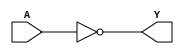
/*
 *  yosys -- Yosys Open SYnthesis Suite
 *
 *  Copyright (C) 2012  Claire Xenia Wolf <claire@yosyshq.com>
 *
 *  Permission to use, copy, modify, and/or distribute this software for any
 *  purpose with or without fee is hereby granted, provided that the above
 *  copyright notice and this permission notice appear in all copies.
 *
 *  THE SOFTWARE IS PROVIDED "AS IS" AND THE AUTHOR DISCLAIMS ALL WARRANTIES
 *  WITH REGARD TO THIS SOFTWARE INCLUDING ALL IMPLIED WARRANTIES OF
 *  MERCHANTABILITY AND FITNESS. IN NO EVENT SHALL THE AUTHOR BE LIABLE FOR
 *  ANY SPECIAL, DIRECT, INDIRECT, OR CONSEQUENTIAL DAMAGES OR ANY DAMAGES
 *  WHATSOEVER RESULTING FROM LOSS OF USE, DATA OR PROFITS, WHETHER IN AN
 *  ACTION OF CONTRACT, NEGLIGENCE OR OTHER TORTIOUS ACTION, ARISING OUT OF
 *  OR IN CONNECTION WITH THE USE OR PERFORMANCE OF THIS SOFTWARE.
 *
 *  ---
 *
 *  The internal logic cell simulation library.
 *
 *  This Verilog library contains simple simulation models for the internal
 *  logic cells (_NOT_, _AND_, ...) that are generated by the default technology
 *  mapper (see "stdcells.v" in this directory) and expected by the "abc" pass.
 *
 */

module _NOT_(A, Y);
input A;
output Y;
assign Y = ~A;
endmodule

module _AND_(A, B, Y);
input A, B;
output Y;
assign Y = A & B;
endmodule

module _OR_(A, B, Y);
input A, B;
output Y;
assign Y = A | B;
endmodule

module _XOR_(A, B, Y);
input A, B;
output Y;
assign Y = A ^ B;
endmodule

module _MUX_(A, B, S, Y);
input A, B, S;
output reg Y;
always @* begin
	if (S)
		Y = B;
	else
		Y = A;
end
endmodule

module _DFF_N_(D, Q, C);
input D, C;
output reg Q;
always @(negedge C) begin
	Q <= D;
end
endmodule

module _DFF_P_(D, Q, C);
input D, C;
output reg Q;
always @(posedge C) begin
	Q <= D;
end
endmodule

module _DFF_NN0_(D, Q, C, R);
input D, C, R;
output reg Q;
always @(negedge C or negedge R) begin
	if (R == 0)
		Q <= 0;
	else
		Q <= D;
end
endmodule

module _DFF_NN1_(D, Q, C, R);
input D, C, R;
output reg Q;
always @(negedge C or negedge R) begin
	if (R == 0)
		Q <= 1;
	else
		Q <= D;
end
endmodule

module _DFF_NP0_(D, Q, C, R);
input D, C, R;
output reg Q;
always @(negedge C or posedge R) begin
	if (R == 1)
		Q <= 0;
	else
		Q <= D;
end
endmodule

module _DFF_NP1_(D, Q, C, R);
input D, C, R;
output reg Q;
always @(negedge C or posedge R) begin
	if (R == 1)
		Q <= 1;
	else
		Q <= D;
end
endmodule

module _DFF_PN0_(D, Q, C, R);
input D, C, R;
output reg Q;
always @(posedge C or negedge R) begin
	if (R == 0)
		Q <= 0;
	else
		Q <= D;
end
endmodule

module _DFF_PN1_(D, Q, C, R);
input D, C, R;
output reg Q;
always @(posedge C or negedge R) begin
	if (R == 0)
		Q <= 1;
	else
		Q <= D;
end
endmodule

module _DFF_PP0_(D, Q, C, R);
input D, C, R;
output reg Q;
always @(posedge C or posedge R) begin
	if (R == 1)
		Q <= 0;
	else
		Q <= D;
end
endmodule

module _DFF_PP1_(D, Q, C, R);
input D, C, R;
output reg Q;
always @(posedge C or posedge R) begin
	if (R == 1)
		Q <= 1;
	else
		Q <= D;
end
endmodule